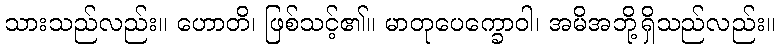
သားသည်လည်း။ ဟောတိ၊ ဖြစ်သင့်၏။ မာတုပေက္ခောဝါ၊ အမိအဘို့ရှိသည်လည်း။